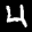
Label: 4